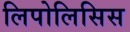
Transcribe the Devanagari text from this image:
लिपोलिसिस